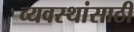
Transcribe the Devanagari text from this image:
व्यवस्थांसाठी